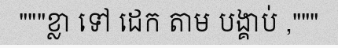
"""ខ្លា ទៅ ដេក តាម បង្គាប់ ,"""